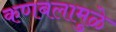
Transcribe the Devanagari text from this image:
कणबलामुळे